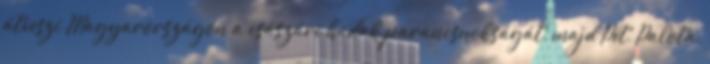
átveszi Magyarországon a császári hadak parancsnokságát, majd Pét, Palota,